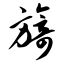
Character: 旖